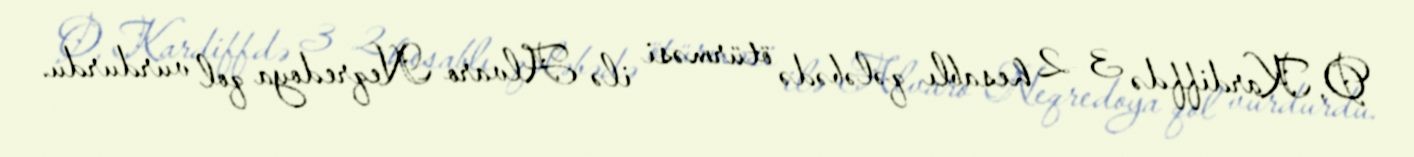
O, Kardiffdə 3–2 hesablı qələbədə ötürməsi ilə Alvaro Neqredoya qol vurdurdu.